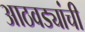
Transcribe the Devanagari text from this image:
आठवड्यांची